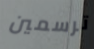
ترسمين